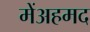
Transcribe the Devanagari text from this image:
मेंअहमद